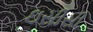
ઇસીસી